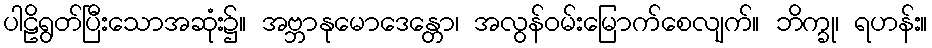
ပါဠိရွတ်ပြီးသောအဆုံး၌။ အဗ္ဘာနုမောဒေန္တော၊ အလွန်ဝမ်းမြောက်စေလျက်။ ဘိက္ခု၊ ရဟန်း။